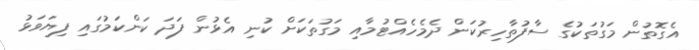
އެގޮތުން މަގުތަކުގެ ސާފުތާހިރުކަން ދެމެހެއްޓުމާއި މަގުތަކަށް ކުނި އެޅުން ފަދަ ކަންކަމުގައި ފިޔަވަޅު